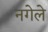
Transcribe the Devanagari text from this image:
नगेले